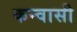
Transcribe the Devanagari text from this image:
कन्वासी